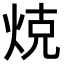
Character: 𭴨